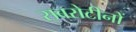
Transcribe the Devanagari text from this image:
सबरोटीनों